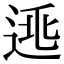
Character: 𨓱